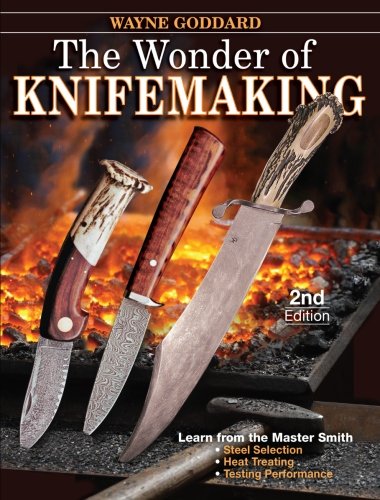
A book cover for The Wonder of Knifemaking; Wayne Goddard; Crafts, Hobbies & Home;